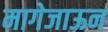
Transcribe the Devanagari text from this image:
मागेजाऊन